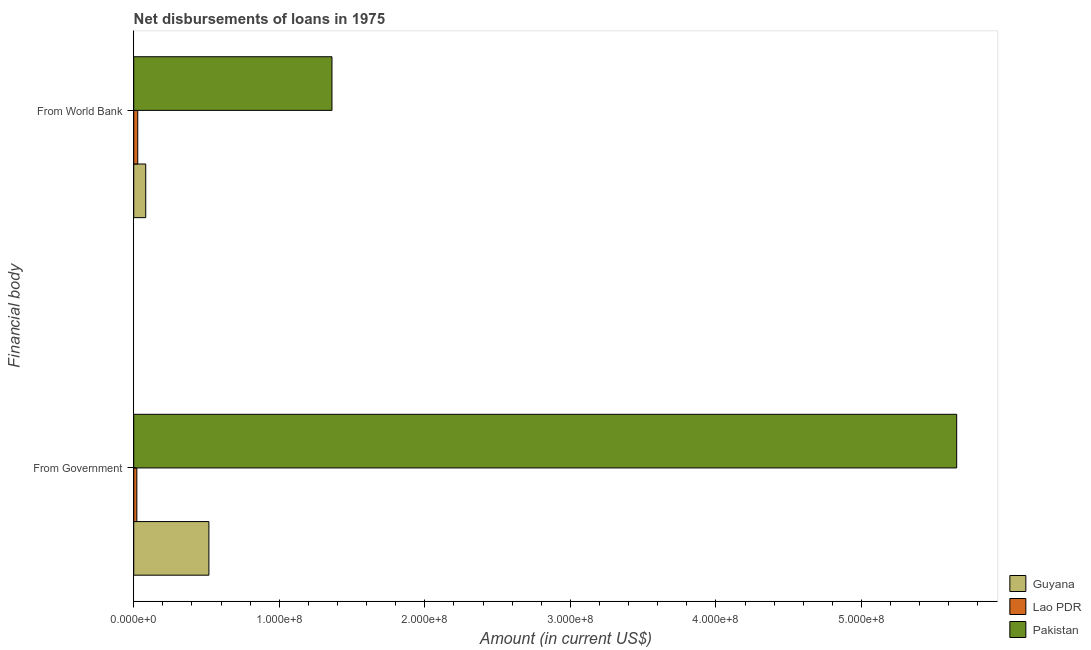
| Financial body | Guyana | Lao PDR | Pakistan |
 | --- | --- | --- | --- |
 | From Government | 5.16e+07 | 2.13e+06 | 5.65e+08 |
 | From World Bank | 8.24e+06 | 2.76e+06 | 1.36e+08 |